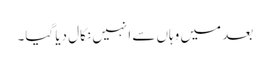
بعد میں وہاں سے انہیں نکال دیا گیا۔